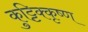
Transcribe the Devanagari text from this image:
कुट्टिक्कृष्ण